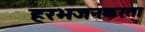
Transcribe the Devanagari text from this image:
हरभजनकरता